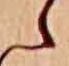
ゝ